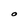
Character: O